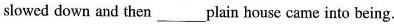
slowed down and then___ plain house came into being.